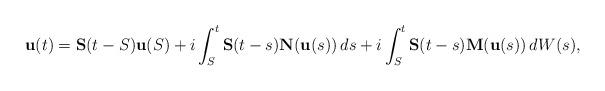
LaTeX: \begin{align*} \mathbf u(t) = \mathbf S(t-S) \mathbf u(S) + i \int_{S}^t \mathbf S(t-s) \mathbf N(\mathbf u(s)) \, ds + i \int_{S}^t \mathbf S(t-s) \mathbf M(\mathbf u(s)) \, dW(s),\end{align*}